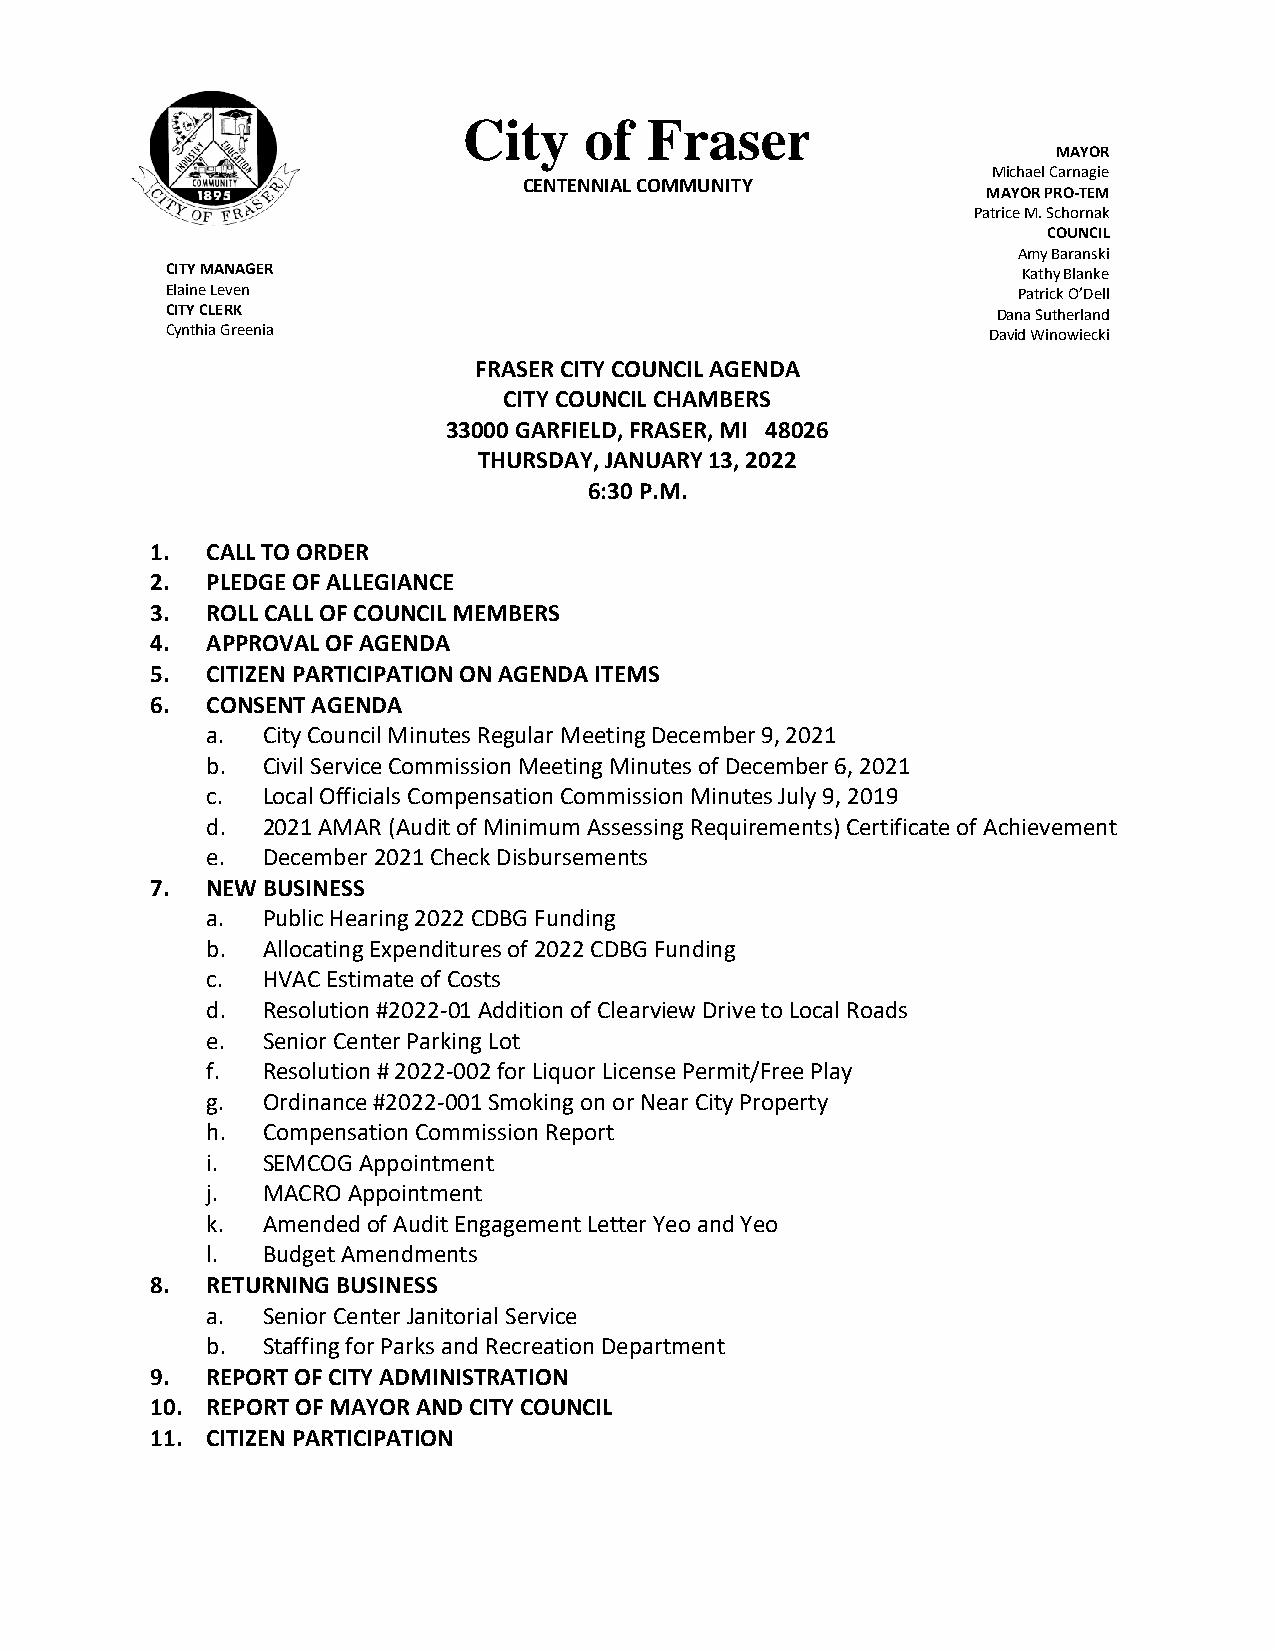
City    of  Fraser
 MAYOR
 Michael Carnagie
 CENTENNIAL COMMUNITY
 MAYOR PRO-TEM
 Patrice M. Schornak
 COUNCIL
 Amy Baranski
 CITY MANAGER                                             Kathy Blanke
 Elaine Leven                                            Patrick O’Dell
 CITY CLERK                                             Dana Sutherland
 Cynthia Greenia                                       David Winowiecki
 FRASER CITY COUNCIL AGENDA
 CITY COUNCIL CHAMBERS
 33000 GARFIELD, FRASER, MI 48026
 THURSDAY, JANUARY 13, 2022
 6:30 P.M.
 1.  CALL TO ORDER
 2.  PLEDGE OF ALLEGIANCE
 3.  ROLL CALL OF COUNCIL MEMBERS
 4.  APPROVAL OF AGENDA
 5.  CITIZEN PARTICIPATION ON AGENDA ITEMS
 6.  CONSENT AGENDA
 a. City Council Minutes Regular Meeting December 9, 2021
 b. Civil Service Commission Meeting Minutes of December 6, 2021
 c. Local Officials Compensation Commission Minutes July 9, 2019
 d. 2021 AMAR (Audit of Minimum Assessing Requirements) Certificate of Achievement
 e. December 2021 Check Disbursements
 7.  NEW BUSINESS
 a. Public Hearing 2022 CDBG Funding
 b. Allocating Expenditures of 2022 CDBG Funding
 c. HVAC Estimate of Costs
 d. Resolution #2022-01 Addition of Clearview Drive to Local Roads
 e. Senior Center Parking Lot
 f. Resolution # 2022-002 for Liquor License Permit/Free Play
 g. Ordinance #2022-001 Smoking on or Near City Property
 h. Compensation Commission Report
 i. SEMCOG Appointment
 j. MACRO Appointment
 k. Amended of Audit Engagement Letter Yeo and Yeo
 l. Budget Amendments
 8.  RETURNING BUSINESS
 a. Senior Center Janitorial Service
 b. Staffing for Parks and Recreation Department
 9.  REPORT OF CITY ADMINISTRATION
 10. REPORT OF MAYOR AND CITY COUNCIL
 11. CITIZEN PARTICIPATION